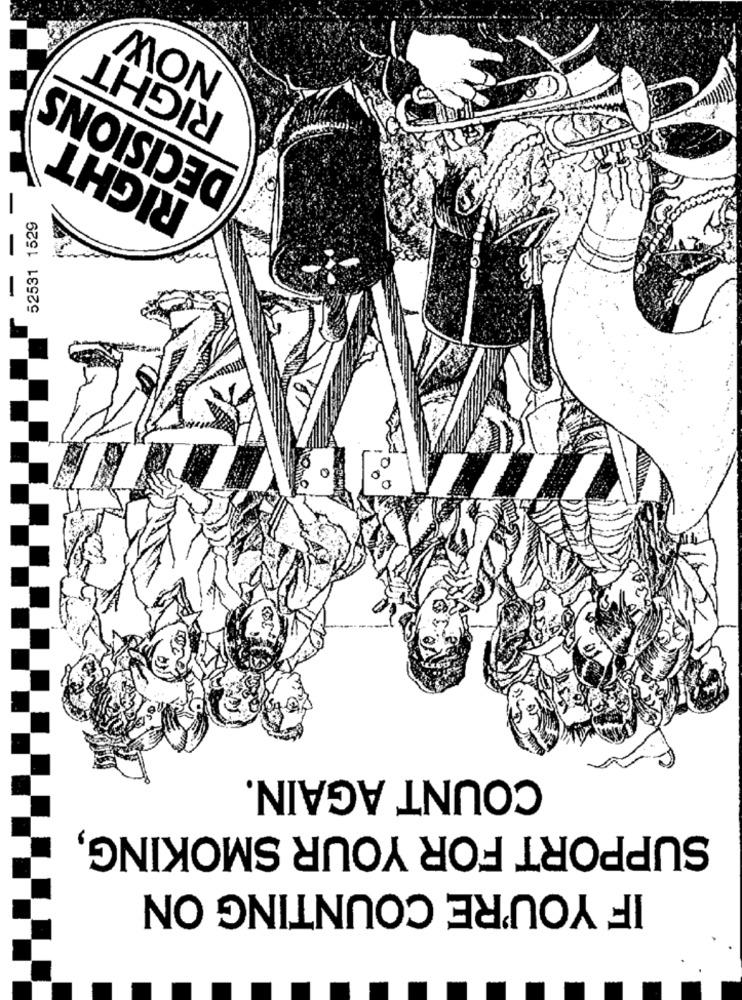
NOW
RIGHT
DECISIONS
RIGHT
52531 1529
COUNT AGAIN.
SUPPORT FOR YOUR SMOKING,
IF YOU'RE COUNTING ON